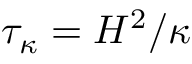
\tau _ { \kappa } = H ^ { 2 } / \kappa